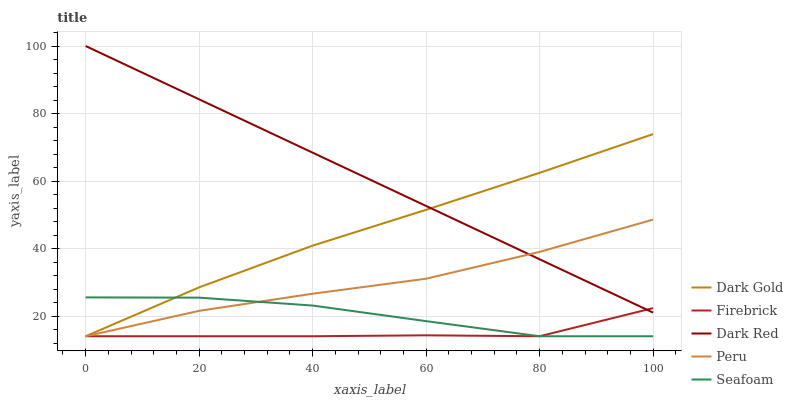
| xaxis_label | Dark Gold | Firebrick | Dark Red | Peru | Seafoam |
 | --- | --- | --- | --- | --- | --- |
 | 0 | 14 | 14 | 100 | 14 | 25.5 |
 | 20 | 28.5 | 14 | 84.2 | 21.5 | 25.4 |
 | 40 | 40.9 | 14 | 68.4 | 26.6 | 23.1 |
 | 60 | 51.5 | 14.3 | 52.6 | 31 | 18.5 |
 | 80 | 62.4 | 14 | 36.8 | 39 | 14 |
 | 100 | 73.9 | 22.3 | 21 | 48.6 | 14 |